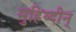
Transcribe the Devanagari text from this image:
मुहिय्दीन्